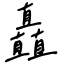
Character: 矗